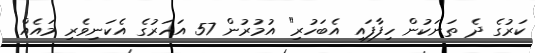
ކަރުގެ ދެ ތަނަކުން ހިފާފައި އެބަހުރި" އުމުރުން 57 އަހަރުގެ އެކަނިވެރި މައެއް